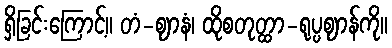
ရှိခြင်းကြောင့်။ တံ-ဈာနံ၊ ထိုစတုတ္ထာ-ရုပ္ပဈာန်ကို။